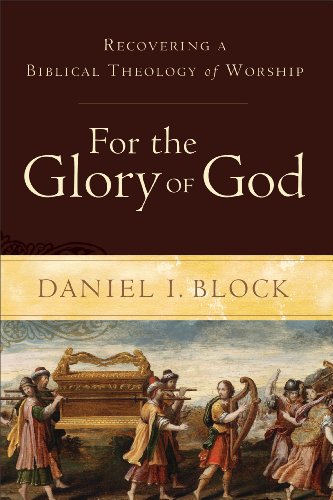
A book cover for For the Glory of God: Recovering a Biblical Theology of Worship; Daniel I. Block; Christian Books & Bibles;